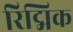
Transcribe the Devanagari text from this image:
रिद्मिक